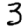
Digit: 3